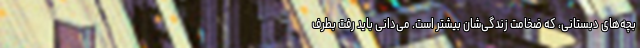
بچه‌های دبستانی، که ضخامت زندگی‌شان بیشتر است. می‌دانی باید رفت بطرفِ